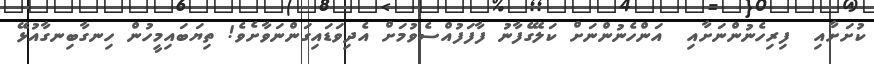
ކުށަށާއި  ފިރިހެނުންނަށާއި  އަންހެނުންނަށް ކަލޭގެފާނު ފާފަފުއްސެވުމަށް އެދިވަޑައިގަންނަވާށެވެ! ތިޔަބައިމީހުން ހިނގާބިނގާއުޅޭ